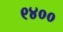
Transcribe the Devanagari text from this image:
९४००